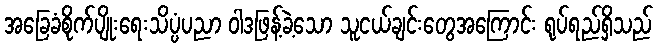
အခြေခံစိုက်ပျိုးရေးသိပ္ပံပညာ ဝါဒဖြန့်ခဲ့သော သူငယ်ချင်းတွေအကြောင်း ရုပ်ရည်ရှိသည်